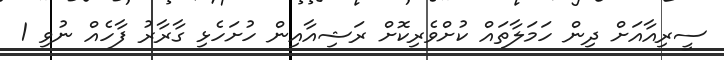
ސީރިއާއަށް ދިން ހަމަލާތައް ކުށްވެރިކޮށް ރަޝިއާއިން ހުށަހެޅި ގާރާރު ފާހެއް ނުވި 1